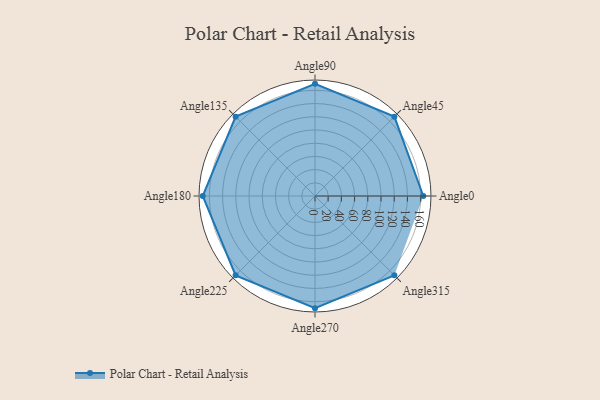
{"axis": {"x": "Angle", "y": "Radius"}, "legend": [""], "data": [{"x": "Angle0", "y": 164.0, "type": ""}, {"x": "Angle45", "y": 170, "type": ""}, {"x": "Angle90", "y": 170, "type": ""}, {"x": "Angle135", "y": 170, "type": ""}, {"x": "Angle180", "y": 170, "type": ""}, {"x": "Angle225", "y": 170, "type": ""}, {"x": "Angle270", "y": 170, "type": ""}, {"x": "Angle315", "y": 170, "type": ""}]}